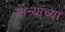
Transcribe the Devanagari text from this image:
योन्यांच्या